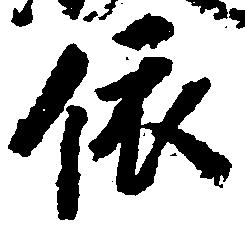
依